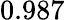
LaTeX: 0.987